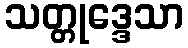
သတ္တုဒ္ဒေသာ